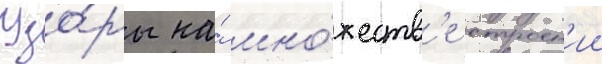
Узо́ры на́ мно́жеств'е строен'ии